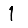
Digit: 1